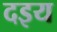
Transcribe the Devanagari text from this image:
दइय